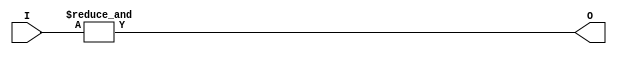
module libhdl_andN
#(  parameter N = 2)
(   output wire         O,
    input  wire [N-1:0] I);

assign O = &I;

endmodule